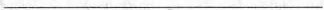
___